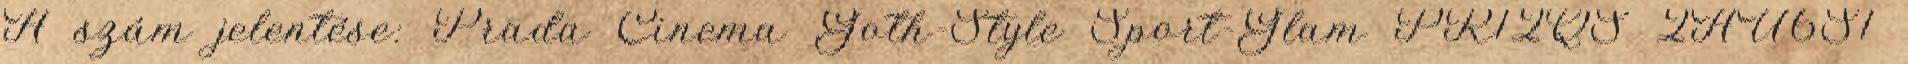
A szám jelentése: Prada Cinema Goth-Style Sport-Glam PR12QS 2AU6S1